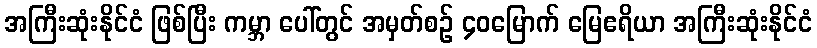
အကြီးဆုံးနိုင်ငံ ဖြစ်ပြီး ကမ္ဘာ ပေါ်တွင် အမှတ်စဉ် ၄၀မြောက် မြေဧရိယာ အကြီးဆုံးနိုင်ငံ